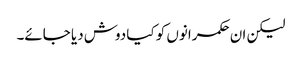
لیکن ان حکمرانوں کو کیا دوش دیا جائے۔